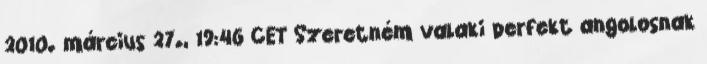
2010. március 27., 19:46 CET Szeretném valaki perfekt angolosnak